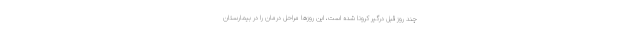
چند روز قبل درگیر کرونا شده است، این روزها مراحل درمان را در بیمارستان